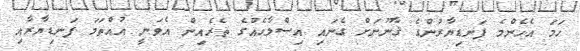
ހަމަ އެހެންމެ ފަނޑިޔާރުންގެ ޤާނޫނަށް ގެނައި އިޞްލާޙެއްގެ ތެރެއިން އެވަނީ އުއްތަމަ ފަނޑިޔާރާއި